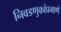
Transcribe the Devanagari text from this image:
निवडणुकांप्रमाणे